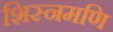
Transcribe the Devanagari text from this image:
शिस्नमणि